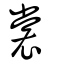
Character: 裳